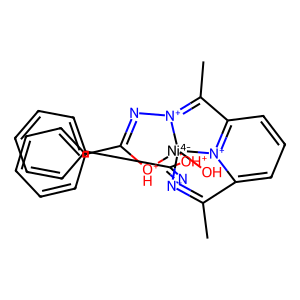
SMILES: CC1=[N+]2N=C(c3ccccc3)[OH+][Ni-4]234(O)[OH+]C(c2ccccc2)=N[N+]3=C(C)c2cccc1[n+]24
Inhibits HIV replication: No